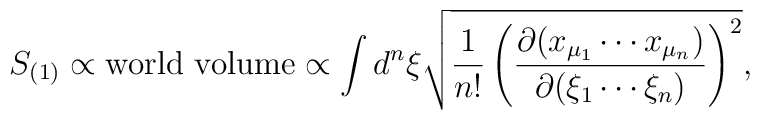
S_{(1)} \propto \mbox{world volume} \propto \int d^{n}\xi \sqrt{ \frac{1}{n!} \left( \frac{\partial (x_{\mu_{1}} \cdots x_{\mu_{n}}) }{\partial (\xi_{1} \cdots \xi_{n})} \right)^2 },